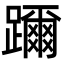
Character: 躎